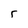
Character: 5